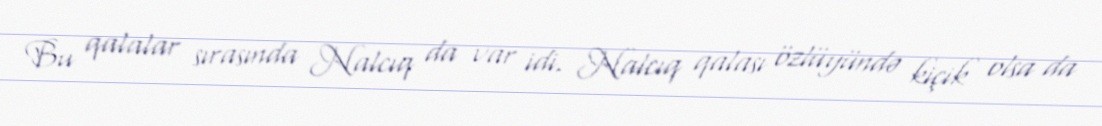
Bu qalalar sırasında Nalcıq da var idi. Nalcıq qalası özlüyündə kiçik olsa da